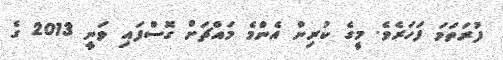
ފުރަތަމަ ފަހަރެވެ. މީގެ ކުރިން އެންމެ މައްޗަށް ގޮސްފައި ވަނީ 2013 ގެ